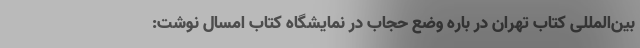
بین‌المللی کتاب تهران در باره وضع حجاب در نمایشگاه کتاب امسال نوشت: